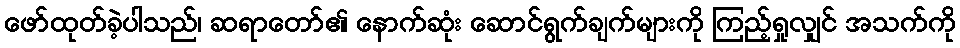
ဖော်ထုတ်ခဲ့ပါသည်၊ ဆရာတော်၏ နောက်ဆုံး ဆောင်ရွက်ချက်များကို ကြည့်ရှုလျှင် အသက်ကို